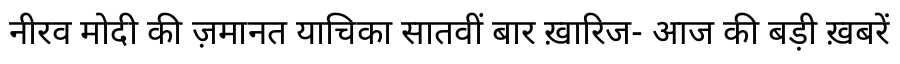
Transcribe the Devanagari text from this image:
नीरव मोदी की ज़मानत याचिका सातवीं बार ख़ारिज- आज की बड़ी ख़बरें